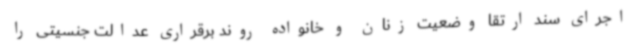
اجرای سند ارتقا وضعیت زنان و خانواده روند برقراری عدالت جنسیتی را